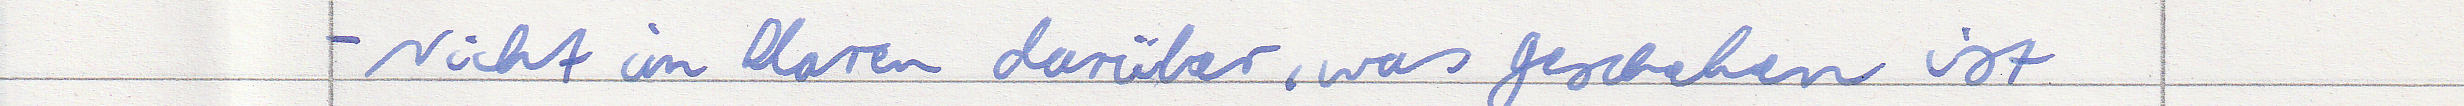
- Nicht im klaren darüber, was geschehen ist